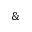
\&